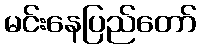
မင်းနေပြည်တော်